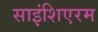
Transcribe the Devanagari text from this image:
साइंशिएरम